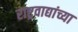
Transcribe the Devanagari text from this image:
राष्ट्रवाद्यांच्या